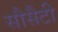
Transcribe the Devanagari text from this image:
सौसैटी